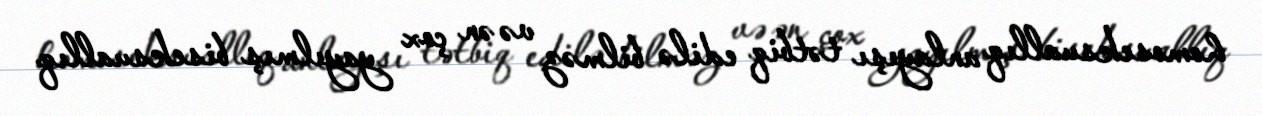
homoseksuallıq anlayışı tətbiq edilə bilməz və ən çox yayılmış biseksuallıq